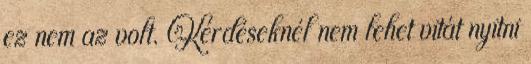
ez nem az volt. Kérdéseknél nem lehet vitát nyitni